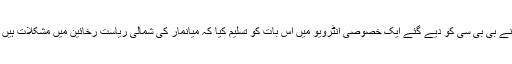
نوبل انعام یافتہ آنگ سانگ سوچی نے بی بی سی کو دیے گئے ایک خصوصی انٹرویو میں اس بات کو تسلیم کیا کہ میانمار کی شمالی ریاست رخائین میں مشکلات ہیں جہاں روہنگیا کے مسلمان آباد ہیں۔